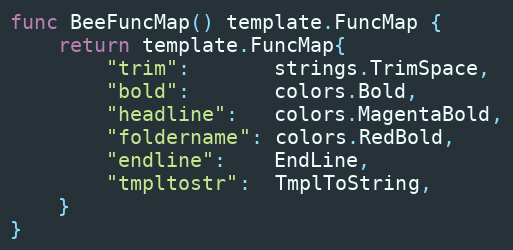
Language: Go
func BeeFuncMap() template.FuncMap {
	return template.FuncMap{
		"trim":       strings.TrimSpace,
		"bold":       colors.Bold,
		"headline":   colors.MagentaBold,
		"foldername": colors.RedBold,
		"endline":    EndLine,
		"tmpltostr":  TmplToString,
	}
}